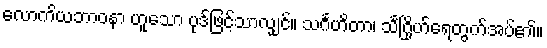
လောကိယဘာဝနာ ဟူသော ပုဒ်ဖြင့်သာလျှင်။ သင်္ဂဟိတာ၊ သင်္ဂြိုဟ်ရေတွက်အပ်၏။